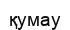
қумау